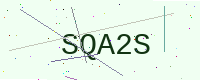
Text: SQA2S